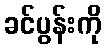
ခင်ပွန်းကို